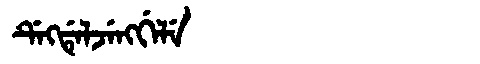
Manchu: ᡩᡝᡴᡩᡝᠯᠵᡝᠩᡤᡝᠯᡝ
Romanization: DEKDELJENGGELE